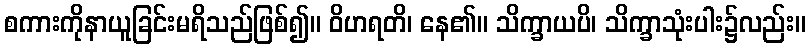
စကားကိုနာယူခြင်းမရိသည်ဖြစ်၍။ ဝိဟရတိ၊ နေ၏။ သိက္ခာယပိ၊ သိက္ခာသုံးပါး၌လည်း။